Annual administration report of the Civil Veterinary Department of India - 1901-1902
Year: 1901
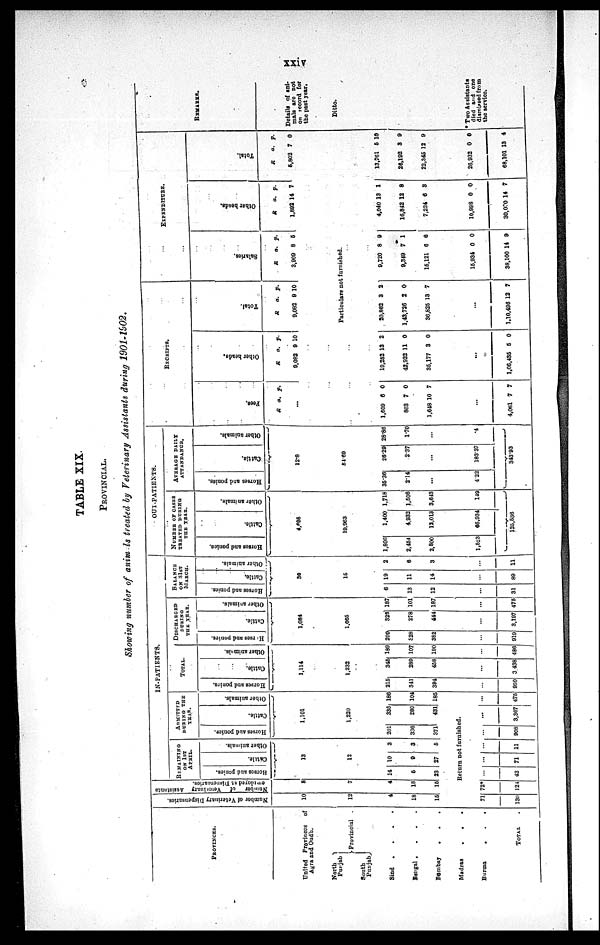
xxiv
TABLE XIX.
PROVINCIAL.
Showing number of animals treated by Veterinary Assistants during 1901-1902.
PROVINCES.
United Provinces of
Agra and Oudh.
North
Punjab
South
Punjab
Provincial
Sind
.
.
.
.
Bengal .
.
.
.
Bombay
.
.
.
Madras
.
.
.
Burma
.
.
.
TOTAL .
Nu mb e r of Vet er i
nar y Di s pens ar i
es .
10
12
4
18
15
Number of Vet er i
nar y Assistants
8
7
4
18
15
IN-PATIENTS.
REMAINING
ON 1ST
APRIL.
Horses and ponies.
Cattle.
Other animals.
13
12
14
5
33
10
0
27
3
3
5
ADMITTED
DURING THE
YEAR.
Horses and ponies.
Cattle.
Other animals.
1,101
1,220
201
336
371
335
280
431
186
104
185
Return not furnished.
71
130
72*
24
....
12
...
71
...
11
...
908
...
3,367
...
475
TOTAL.
Horses and ponies.
Cattle
Other animals.
1,114
1,232
215
341
394
...
950
345
289
458
...
3 438
189
107
100
...
486
DISCHARGED
DURING
THE YEAR.
Horses
and ponies.
Cattle.
Other animals.
1,084
1,065
200
928
382
...
919
323
278
414
...
3,197
187
101
187
...
475
BALANCE
ON 31ST
MARCH.
Horses and ponies.
Cattle.
Other animals.
30
15
6
13
12
...
31
19
11
14
...
80
2
6
3
...
11
OUT-PATIENTS.
NUMBER OF CASES
TREATED DURING
THE YEAR.
Horses and ponies.
Cattle.
Other animals.
4,695
19.963
1,806
2,454
2,800
1,523
1,400
4,932
12,013
66,934
1,718
1,506
3,643
149
125,538
AVERAGE DAILY
ATTENDANCE.
Horses and ponies.
Cattle.
Other animals.
12.8
61-69
35.36
2-14
...
422
26-29
2.37
...
18337
28-86
1.70
...
.4
343.93
RECEIPTS.
Fees.
R a. p.
...
Other heads.
R
9,082
a.
9
p.
10
Total.
R
9,082
a.
9
p.
10
EXPENDITURE.
Salaries.
R
3,909
a.
8
p.
5
Ot her heads.
R
1,892
a.
14
p.
7
Total.
R
6,802
a.
7
p.
0
Particulars not furnished.
1,609
803
1,648
6
7
10
0
0
7
...
4,061 7 7
19,252
42,922
35,177
13
11
3
2
0
0
...
1,06,435 5 0
20,862
1,43,726
36,825
3
2
13
2
0
7
...
1,10,406 1 2 7
9,720
9,349
15,121
8
7
6
9
1
6
15,934
38,100 1
0
4
0
9
4,040
16,842
7,224
13
12
6
1
8
3
10,998
30,000
0
14
0
7
13,761
26,192
22,345 1
5
3
2
10
9
9
26,932
68,101
0
13
0
4
REMARKS.
Details of ani-
mals are not
on record for
the past year.
Ditto.
*Two Assistants
died and one
dismissed from
the service.